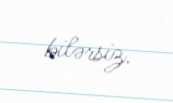
bilərsiz.